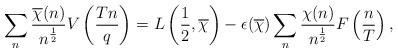
LaTeX: \begin{align*}\sum_n \frac{\overline{\chi}(n)}{n^{\frac{1}{2}}} V \left( \frac{Tn}{q}\right) &= L \left( \frac{1}{2},\overline{\chi}\right) - \epsilon(\overline{\chi}) \sum_n \frac{\chi(n)}{n^{\frac{1}{2}}} F \left( \frac{n}{T} \right),\end{align*}